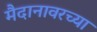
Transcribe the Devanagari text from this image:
मैदानावरच्या